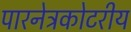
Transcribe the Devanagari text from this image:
पारनेत्रकोटरीय